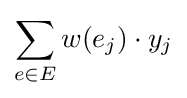
\sum _{e\in E}w(e_{j})\cdot y_{j}